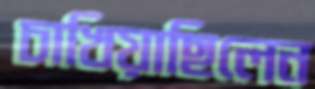
চাখিয়াছিলেন